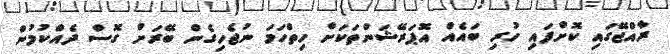
ރާއްޖޭގައި ކޮށްފައި ހުރި ބައެއް އޮޕަރޭޝަންތަކަށް ހިތްހަމަ ނުޖެހިގެން ބޭރަށް ގޮސް ދެއްކުމުން